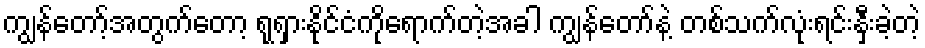
ကျွန်တော့်အတွက်တော့ ရုရှားနိုင်ငံကိုရောက်တဲ့အခါ ကျွန်တော်နဲ့ တစ်သက်လုံးရင်းနှီးခဲ့တဲ့